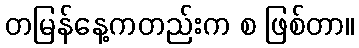
တမြန်နေ့ကတည်းက စ ဖြစ်တာ။